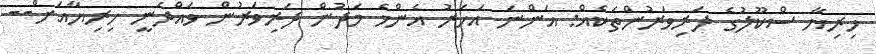
ހިރިޔާ ސްކޫލުގެ ދަރިވަރުންތަކެއް: އަންނަ އަހަރު އެންމެ މަދުން ދަރިވަރުން ވައްދަނީ ހިރިޔާއަށް--